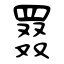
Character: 罬